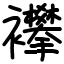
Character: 襻